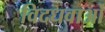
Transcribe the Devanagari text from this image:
विदधवाओं